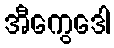
အီကွေဒေါ